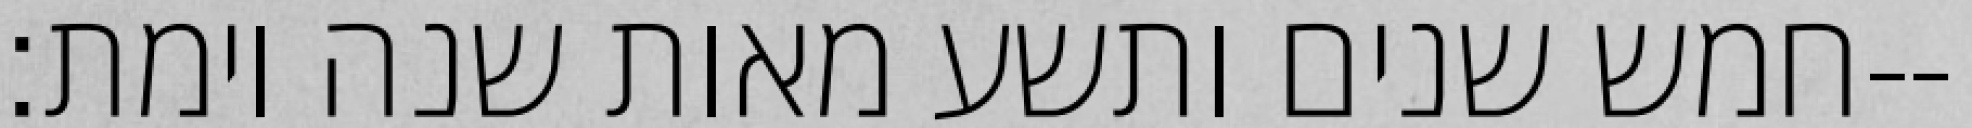
חמש שנים ותשע מאות שנה וימת׃--